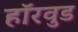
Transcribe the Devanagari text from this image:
हॉरवुड